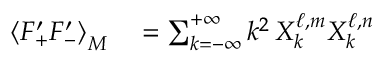
\begin{array} { r l } { \left\langle F _ { + } ^ { \prime } F _ { - } ^ { \prime } \right\rangle _ { M } } & { { } = \sum _ { k = - \infty } ^ { + \infty } k ^ { 2 } \, X _ { k } ^ { \ell , m } X _ { k } ^ { \ell , n } } \end{array}